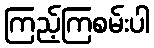
ကြည့်ကြစမ်းပါ